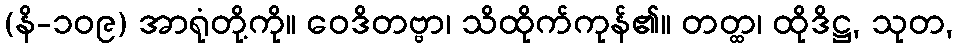
(နိ-၁၀၉) အာရုံတို့ကို။ ဝေဒိတဗ္ဗာ၊ သိထိုက်ကုန်၏။ တတ္ထ၊ ထိုဒိဋ္ဌ, သုတ,